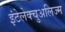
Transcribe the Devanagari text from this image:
इंटेलेक्चुअलिज्म